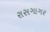
રાસગાગર